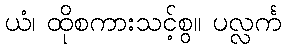
ယံ၊ ထိုစကားသင့်စွ။ ပလ္လင်္က